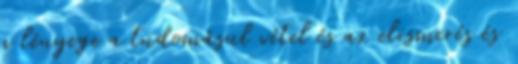
a lényege a tudomásul vétel és az elismerés és